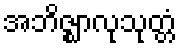
အဘိဇ္ဈာလုသုတ္တံ